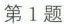
第1题